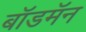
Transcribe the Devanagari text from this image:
बॉडमॅन